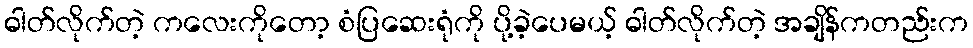
ဓါတ်လိုက်တဲ့ ကလေးကိုတော့ စံပြဆေးရုံကို ပို့ခဲ့ပေမယ့် ဓါတ်လိုက်တဲ့ အချိန်ကတည်းက